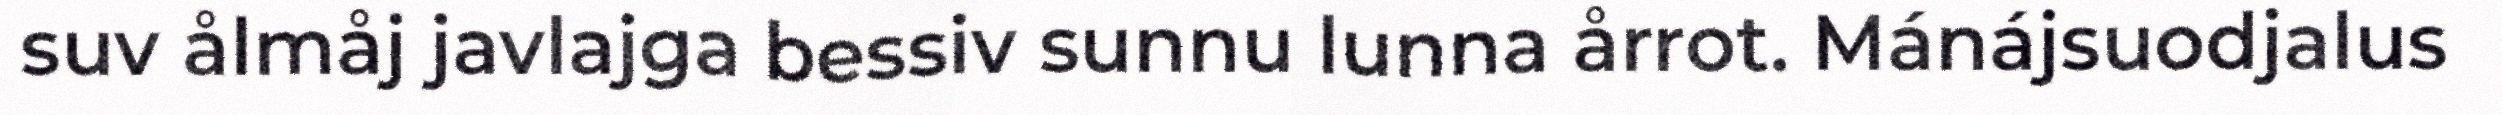
suv ålmåj javlajga bessiv sunnu lunna årrot. Mánájsuodjalus